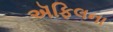
ઍફિલના